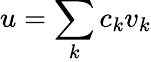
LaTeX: u=\sum_{k}c_{k}v_{k}